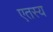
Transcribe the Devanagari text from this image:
एतस्य